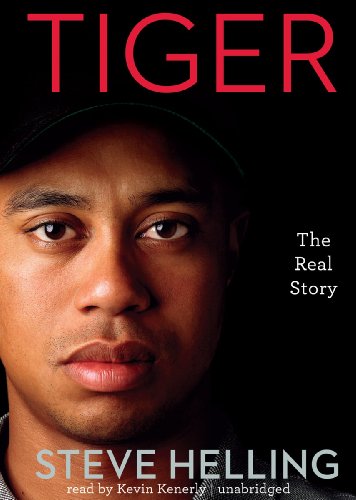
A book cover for Tiger: The Real Story; Steve Helling; Biographies & Memoirs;